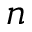
n